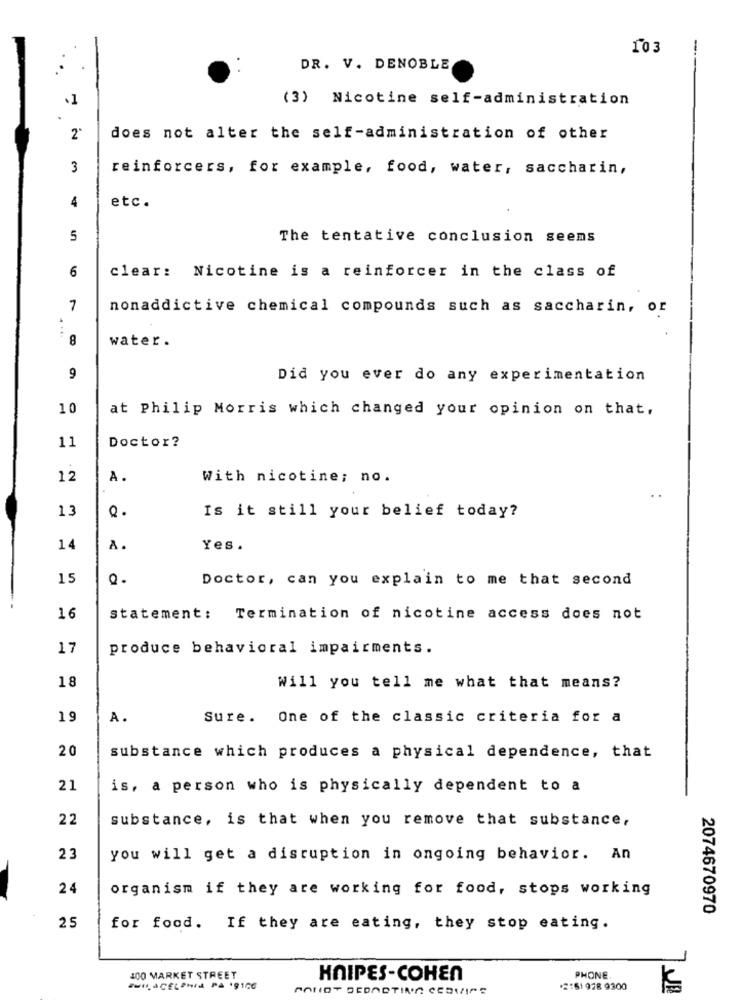
103
DR. V. DENOBLE
.1
(3) Nicotine self-administration
2
does not alter the self-administration of other
3
reinforcers, for example, food, water, saccharin,
etc.
4
5
The tentative conclusion seems
6
clear: Nicotine is a reinforcer in the class of
7
nonaddictive chemical compounds such as saccharin, or
8
water.
9
Did you ever do any experimentation
10
at Philip Morris which changed your opinion on that,
Doctor?
11
12
A.
With nicotine; no.
13
Is it still your belief today?
14
A.
Yes .
15
Doctor, can you explain to me that second
16
statement: Termination of nicotine access does not
17
produce behavioral impairments.
18
Will you tell me what that means?
19
A.
Sure. One of the classic criteria for a
20
substance which produces a physical dependence, that
21
is, a person who is physically dependent to a
22
substance, is that when you remove that substance,
23
you will get a disruption in ongoing behavior. An
24
organism if they are working for food, stops working
2074670970
25
for food. If they are eating, they stop eating.
100 MARKET STREET
HAIPES-COHEN
PHONE
PHILICELPHIA PA 19166
*2:61 928 9300
JEL